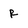
Character: R